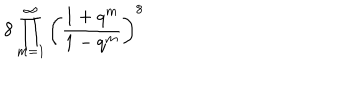
8 \prod _ { m = 1 } ^ { \infty } \left( \frac { 1 + q ^ { m } } { 1 - q ^ { m } } \right) ^ { 8 }